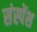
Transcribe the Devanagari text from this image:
संस्‍पेंश